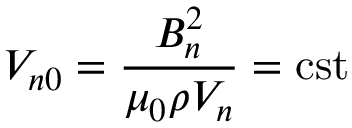
V _ { n 0 } = \frac { B _ { n } ^ { 2 } } { \mu _ { 0 } \rho V _ { n } } = \mathrm { c s t }